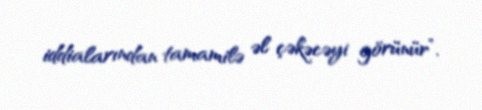
iddialarından tamamilə əl çəkəcəyi görünür”.